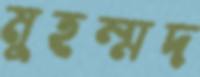
মুহম্মদ